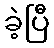
ခဲ့ပြီ